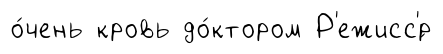
о́чень кровь до́ктором Р'ежисс'́р